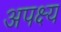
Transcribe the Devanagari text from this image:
अपक्ष्य